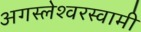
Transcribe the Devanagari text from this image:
अगस्‍लेश्‍वरस्‍वामी